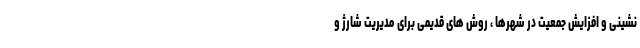
نشینی و افزایش جمعیت در شهرها ، روش های قدیمی برای مدیریت شارژ و